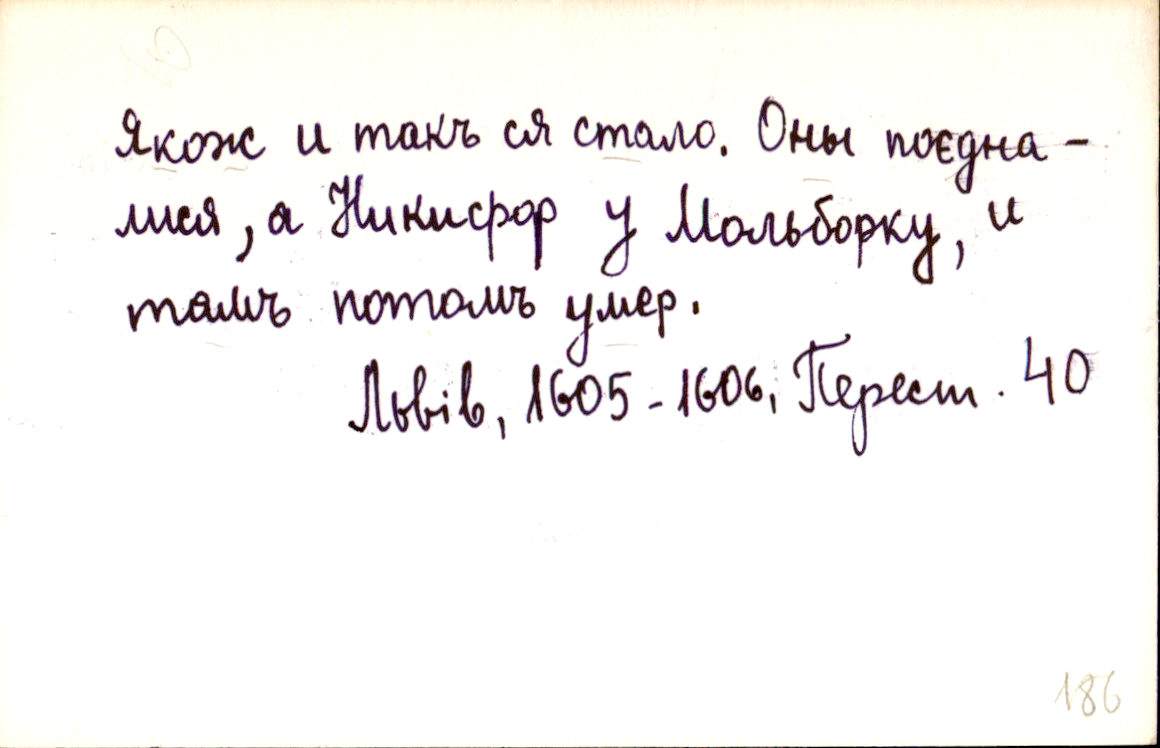
Якож и такъ ся стало. Оны поєдна-
лися, а Никифор у Мольборку, и
тамъ потомъ умер.
Львів, 1605-1606, Перест. 40